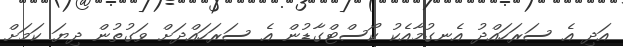
އަދި އެ ސަރަހައްދު އެނގުމާއެކު ކޯސްޓްގާޑުން އެ ސަރަހައްދަށް ވަގުތުން ދިޔަ ކަމަށް